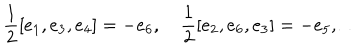
\frac { 1 } { 2 } [ e _ { 1 } , e _ { 3 } , e _ { 4 } ] = - e _ { 6 } , ~ \frac { 1 } { 2 } [ e _ { 2 } , e _ { 6 } , e _ { 3 } ] = - e _ { 5 } , \ldots